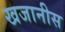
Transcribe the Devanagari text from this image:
खजानीस